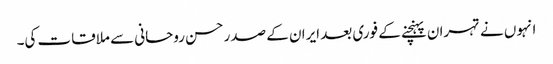
انہوں نے تہران پہنچنے کے فوری بعد ایران کے صدر حسن روحانی سے ملاقات کی۔